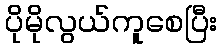
ပိုမိုလွယ်ကူစေပြီး